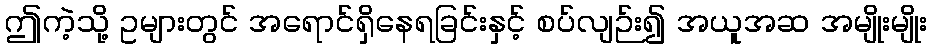
ဤကဲ့သို့ ဥများတွင် အရောင်ရှိနေရခြင်းနှင့် စပ်လျဉ်း၍ အယူအဆ အမျိုးမျိုး